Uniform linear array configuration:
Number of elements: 24
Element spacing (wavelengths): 1
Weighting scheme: binomial
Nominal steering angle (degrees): -30
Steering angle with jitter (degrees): -31.936
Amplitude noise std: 0.05
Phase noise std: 0.05

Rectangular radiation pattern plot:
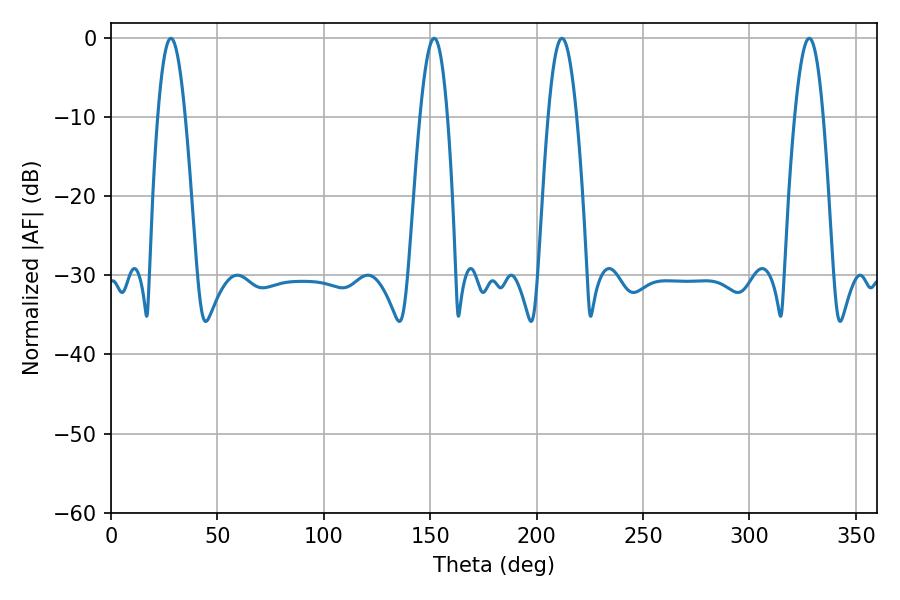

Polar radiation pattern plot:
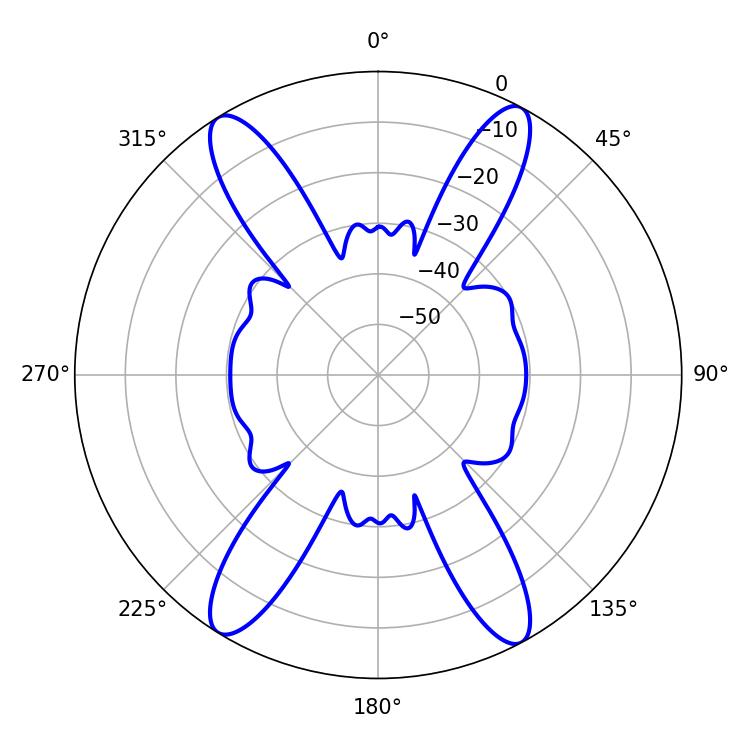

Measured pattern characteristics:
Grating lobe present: TRUE
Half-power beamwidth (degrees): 7.38
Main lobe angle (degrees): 211.86